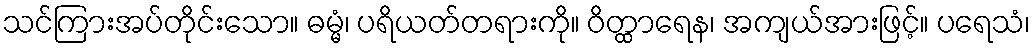
သင်ကြားအပ်တိုင်းသော။ ဓမ္မံ၊ ပရိယတ်တရားကို။ ဝိတ္ထာရေန၊ အကျယ်အားဖြင့်။ ပရေသံ၊